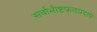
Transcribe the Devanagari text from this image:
सर्वाभीष्टफलप्रदाय